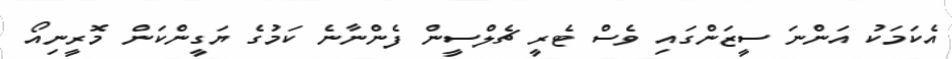
އެކަމަކު އަންނަ ސީޒަންގައި ވެސް ޓެރީ ޗެލްސީން ފެންނާނެ ކަމުގެ ޔަގީންކަން މޮރީނިއޯ